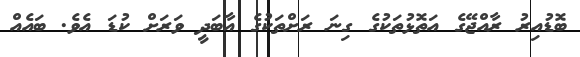
ބޮޑުއިރު ރާއްޖޭގެ އަތޮޅުތަކުގެ ގިނަ ރަށްތަކުގެ އާބަދީ ވަރަށް ކުޑަ އެވެ. ބައެއް